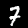
Label: 7